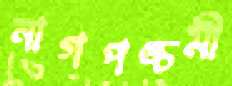
নাগপঙ্চমী